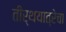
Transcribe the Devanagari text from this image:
तीर्थयात्रेचा